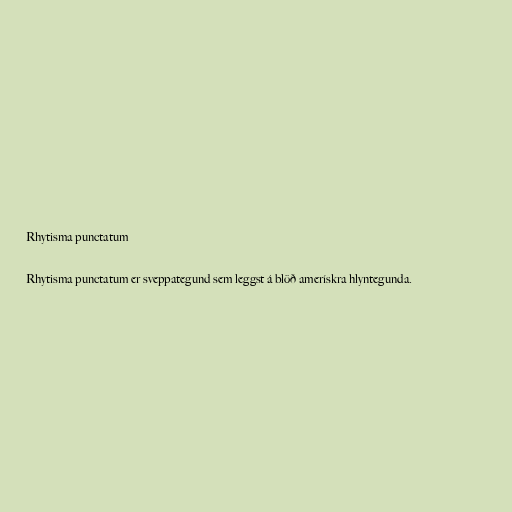
Rhytisma punctatum

Rhytisma punctatum er sveppategund sem leggst á blöð amerískra hlyntegunda.